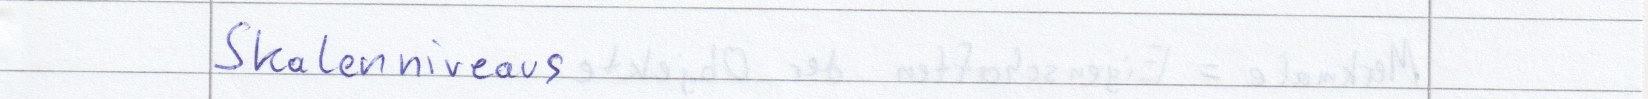
Skalenniveaus